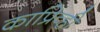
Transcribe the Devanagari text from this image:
काप्रिव्ही